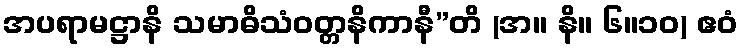
အပရာမဋ္ဌာနိ သမာဓိသံဝတ္တနိကာနီ”တိ (အ။ နိ။ ၆။၁၀) ဧဝံ